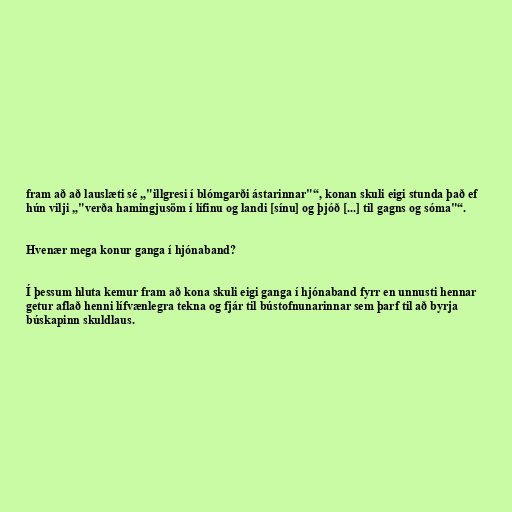
fram að að lauslæti sé „"illgresi í blómgarði ástarinnar"“, konan skuli eigi stunda það ef
hún vilji „"verða hamingjusöm í lífinu og landi [sínu] og þjóð [...] til gagns og sóma"“.

Hvenær mega konur ganga í hjónaband?

Í þessum hluta kemur fram að kona skuli eigi ganga í hjónaband fyrr en unnusti hennar
getur aflað henni lífvænlegra tekna og fjár til bústofnunarinnar sem þarf til að byrja
búskapinn skuldlaus.